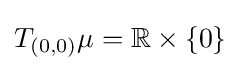
T_{(0,0)}\mu =\mathbb {R} \times \{0\}